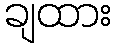
ချထား